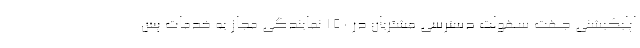
اپلیکیشنی جهت سهولت دسترسی مشتریان در 150 نمایندگی مجاز به خدمات پس